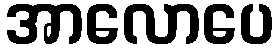
အာလောပေ